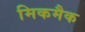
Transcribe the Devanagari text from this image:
मिकमैक